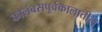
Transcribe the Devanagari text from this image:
कोलंबसपूर्वकालातील